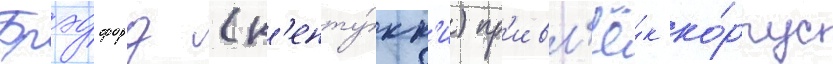
Брэдфорд (к'енту́кк'и) пр'ивл'ё́к ко́рпус